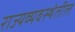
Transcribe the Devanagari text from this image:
राज्यव्यवस्थेतील